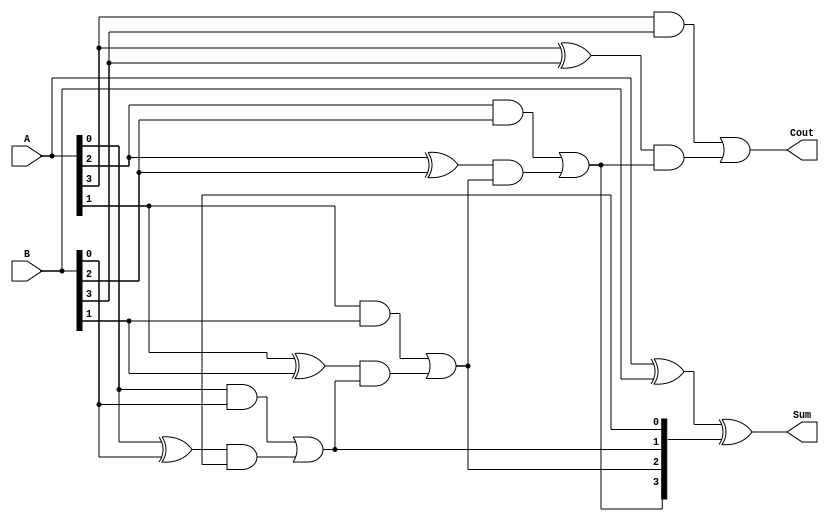
module CarryLookaheadAdder #(parameter N=4)(
    input [N-1:0] A,
    input [N-1:0] B,
    output [N-1:0] Sum,
    output Cout
);

wire [N-1:0] G;
wire [N-1:0] P;
wire [N-1:0] C;

generate
    assign G[0] = A[0] & B[0];
    assign P[0] = A[0] ^ B[0];
    
    genvar i;
    for (i=1; i<N; i=i+1) begin
        assign G[i] = A[i] & B[i];
        assign P[i] = A[i] ^ B[i];
        assign C[i] = G[i-1] | (P[i-1] & C[i-1]);
    end
endgenerate

assign Sum = A ^ B ^ C;
assign Cout = G[N-1] | (P[N-1] & C[N-1]);

endmodule